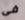
فى